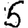
Digit: 5